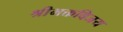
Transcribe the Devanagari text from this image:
श्रीभक्तविजय